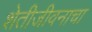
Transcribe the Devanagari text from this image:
शेतीजीवनाचा